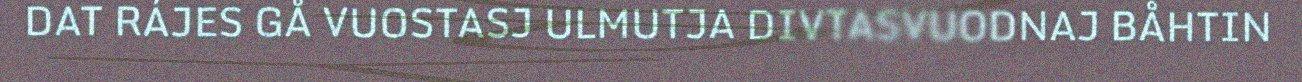
DAT RÁJES GÅ VUOSTASJ ULMUTJA DIVTASVUODNAJ BÅHTIN